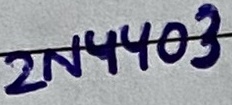
Text: 2N4403